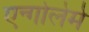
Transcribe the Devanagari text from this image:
एन्गोलेमे